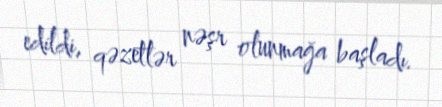
edildi, qəzetlər nəşr olunmağa başladı.